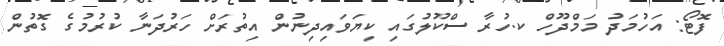
ފޮޓޯ: އަހުމަދު މަމްދޫހް ކ.ހުރާ ސްކޫލުގައި ކިޔަވައިދިނުން އިތުރަށް ހަރުދަނާ ކުރުމުގެ ގޮތުން